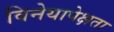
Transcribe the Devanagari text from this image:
विनेयापेक्षता